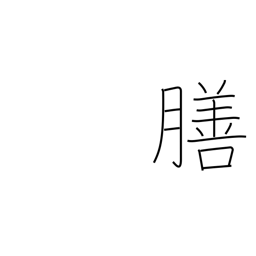
Meaning: tray